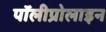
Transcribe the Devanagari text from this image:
पॉलीप्रोलाइन